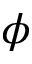
\phi